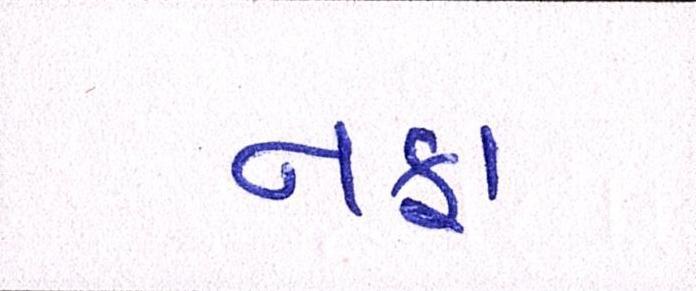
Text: નફા